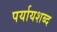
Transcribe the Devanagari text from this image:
पर्यायशब्द